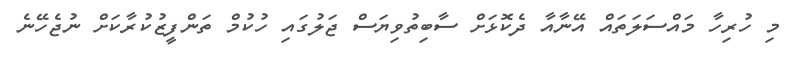
މި ހުރިހާ މައްސަލަތައް އޭނާއާ ދެކޮޅަށް ސާބިތުވިޔަސް ޖަލުގައި ހުކުމް ތަންފީޒުކުރާކަށް ނުޖެހޭނެ